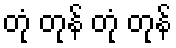
တုံ တုန် တုံ တုန်